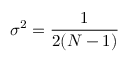
\sigma ^ { 2 } = { \frac { 1 } { 2 ( N - 1 ) } }